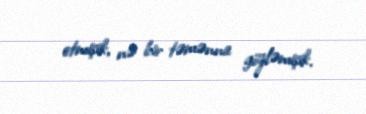
etmişik, nə bir təmənna gözləmişik.